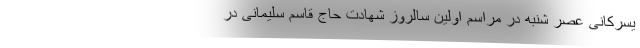
یسرکانی عصر شنبه در مراسم اولین سالروز شهادت حاج قاسم سلیمانی در